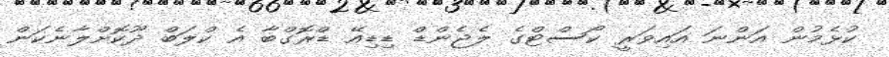
ކުޅެމުން އަންނަ އައިވަރީ ކޯސްޓްގެ ލެޖެންޑް ޑިޑިއޭ ޑްރޮގްބާ އެ ކްލަބް ދޫކޮށްލާނެކަން